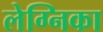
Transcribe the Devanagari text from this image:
लेग्निका